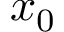
x _ { 0 }